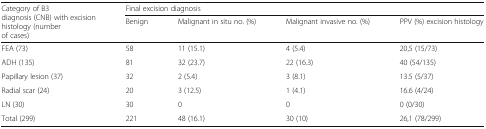
<table><thead><tr><td rowspan="2"><b>Category of B3 diagnosis (CNB) with excision histology (number of cases)</b></td><td colspan="4"><b>Final excision diagnosis</b></td></tr><tr><td><b>Benign</b></td><td><b>Malignant in situ no. (%)</b></td><td><b>Malignant invasive no. (%)</b></td><td><b>PPV (%) excision histology</b></td></tr></thead><tbody><tr><td>FEA (73)</td><td>58</td><td>11 (15.1)</td><td>4 (5.4)</td><td>20,5 (15/73)</td></tr><tr><td>ADH (135)</td><td>81</td><td>32 (23.7)</td><td>22 (16.3)</td><td>40 (54/135)</td></tr><tr><td>Papillary lesion (37)</td><td>32</td><td>2 (5.4)</td><td>3 (8.1)</td><td>13.5 (5/37)</td></tr><tr><td>Radial scar (24)</td><td>20</td><td>3 (12.5)</td><td>1 (4.1)</td><td>16.6 (4/24)</td></tr><tr><td>LN (30)</td><td>30</td><td>0</td><td>0</td><td>0 (0/30)</td></tr><tr><td>Total (299)</td><td>221</td><td>48 (16.1)</td><td>30 (10)</td><td>26,1 (78/299)</td></tr></tbody></table>